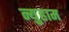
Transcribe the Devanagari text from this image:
न्युहाम